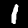
Label: 1